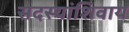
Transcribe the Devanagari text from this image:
सदस्यांशिवाय